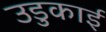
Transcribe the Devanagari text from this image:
उडुकाई